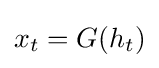
x_{t}=G(h_{t})